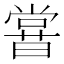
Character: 𣋈